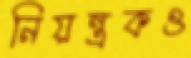
নিয়ন্ত্রকও